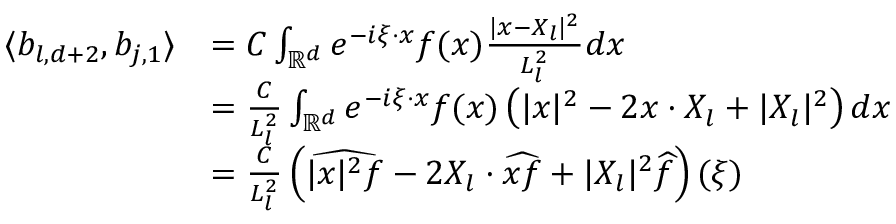
\begin{array} { r l } { \langle b _ { l , d + 2 } , b _ { j , 1 } \rangle } & { = C \int _ { \mathbb { R } ^ { d } } e ^ { - i \xi \cdot x } f ( x ) \frac { | x - X _ { l } | ^ { 2 } } { L _ { l } ^ { 2 } } d x } \\ & { = \frac { C } { L _ { l } ^ { 2 } } \int _ { \mathbb { R } ^ { d } } e ^ { - i \xi \cdot x } f ( x ) \left( | x | ^ { 2 } - 2 x \cdot X _ { l } + | X _ { l } | ^ { 2 } \right) d x } \\ & { = \frac { C } { L _ { l } ^ { 2 } } \left( \widehat { | x | ^ { 2 } f } - 2 X _ { l } \cdot \widehat { x f } + | X _ { l } | ^ { 2 } \widehat { f } \right) ( \xi ) } \end{array}